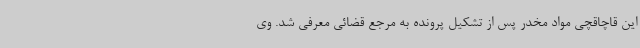
این قاچاقچی مواد مخدر پس از تشکیل پرونده به مرجع قضائی معرفی شد. وی